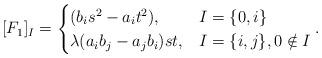
LaTeX: \begin{align*}[F_{1}]_{I} = \begin{cases}(b_{i}s^{2} - a_{i}t^{2}), & I = \{0, i\}\\\lambda (a_{i}b_{j} - a_{j}b_{i})st, & I = \{i, j\}, 0 \notin I\end{cases}.\end{align*}